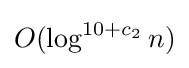
O(\log ^{10+c_{2}}n)